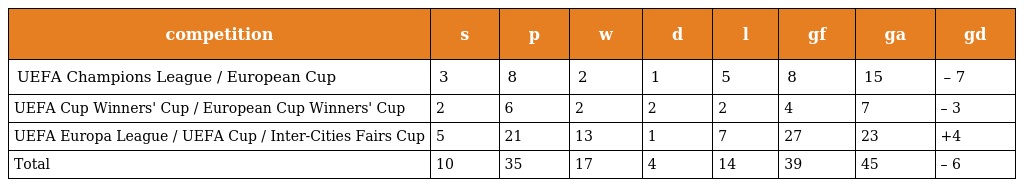
| competition | s | p | w | d | l | gf | ga | gd |
 | --- | --- | --- | --- | --- | --- | --- | --- | --- |
 | UEFA Champions League / European Cup | 3 | 8 | 2 | 1 | 5 | 8 | 15 | – 7 |
 | UEFA Cup Winners' Cup / European Cup Winners' Cup | 2 | 6 | 2 | 2 | 2 | 4 | 7 | – 3 |
 | UEFA Europa League / UEFA Cup / Inter-Cities Fairs Cup | 5 | 21 | 13 | 1 | 7 | 27 | 23 | +4 |
 | Total | 10 | 35 | 17 | 4 | 14 | 39 | 45 | – 6 |